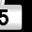
Digit: 5